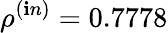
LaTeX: \rho^{(\mathbf{i}n)}=0.7778